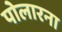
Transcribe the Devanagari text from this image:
पोलारना